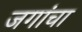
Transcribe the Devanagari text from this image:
जगांचा